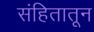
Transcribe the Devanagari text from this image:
संहितातून